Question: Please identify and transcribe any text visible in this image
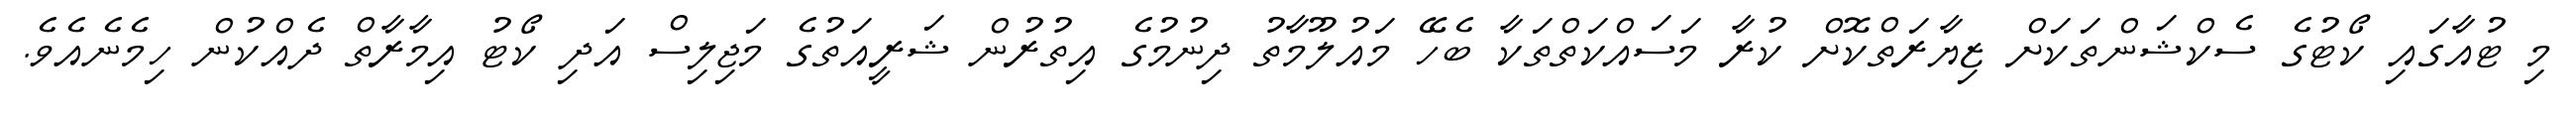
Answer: މި ޓުއާގައި ކޯޓުގެ ސެކްޝަންތަކަށް ޒިޔާރަތްކޮށް ކުރާ މަސައްކަތްތަކާ ބެހޭ މައުލޫމާތު ދިނުމުގެ އިތުރުން ޝަރީއަތުގެ މަޖިލިސް އަދި ކޯޓު އިމާރާތް ދެއްކުން ހިމެނެއެވެ.